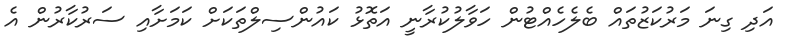
އަދި ގިނަ މަރުކަޒުތައް ބެލެހެއްޓުން ހަވާލުކުރާނީ އަތޮޅު ކައުންސިލްތަކަށް ކަމަށާއި ސަރުކާރުން އެ